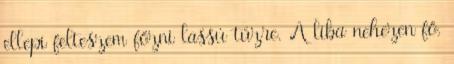
ellepi felteszem főzni lassú tűzre. A liba nehezen fő,